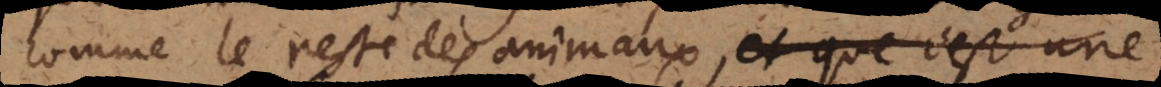
comme le reste des animaux, et que c’est une